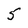
Character: 5